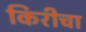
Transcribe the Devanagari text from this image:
किरीचा